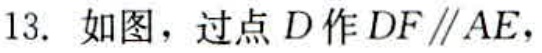
13. 如图，过点\(D\)作\(DF\parallel AE\)，